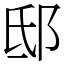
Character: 邸